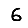
Digit: 6